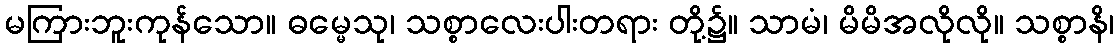
မကြားဘူးကုန်သော။ ဓမ္မေသု၊ သစ္စာလေးပါးတရား တို့၌။ သာမံ၊ မိမိအလိုလို။ သစ္စာနိ၊